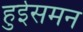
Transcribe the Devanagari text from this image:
हुईसमन